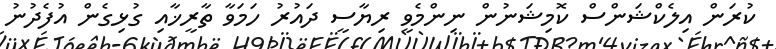
ކުރަން އިލެކްޝަންސް ކޮމިޝަނުން ނިންމެވީ ރިޔާސީ ދައުރު ހަމަވާ ތާރީޚާއި ގުޅިގެން އުފެދުނު